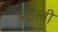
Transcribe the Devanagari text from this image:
प्रहेली